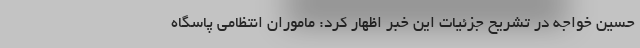
حسین خواجه در تشریح جزئیات این خبر اظهار کرد: ماموران انتظامی پاسگاه